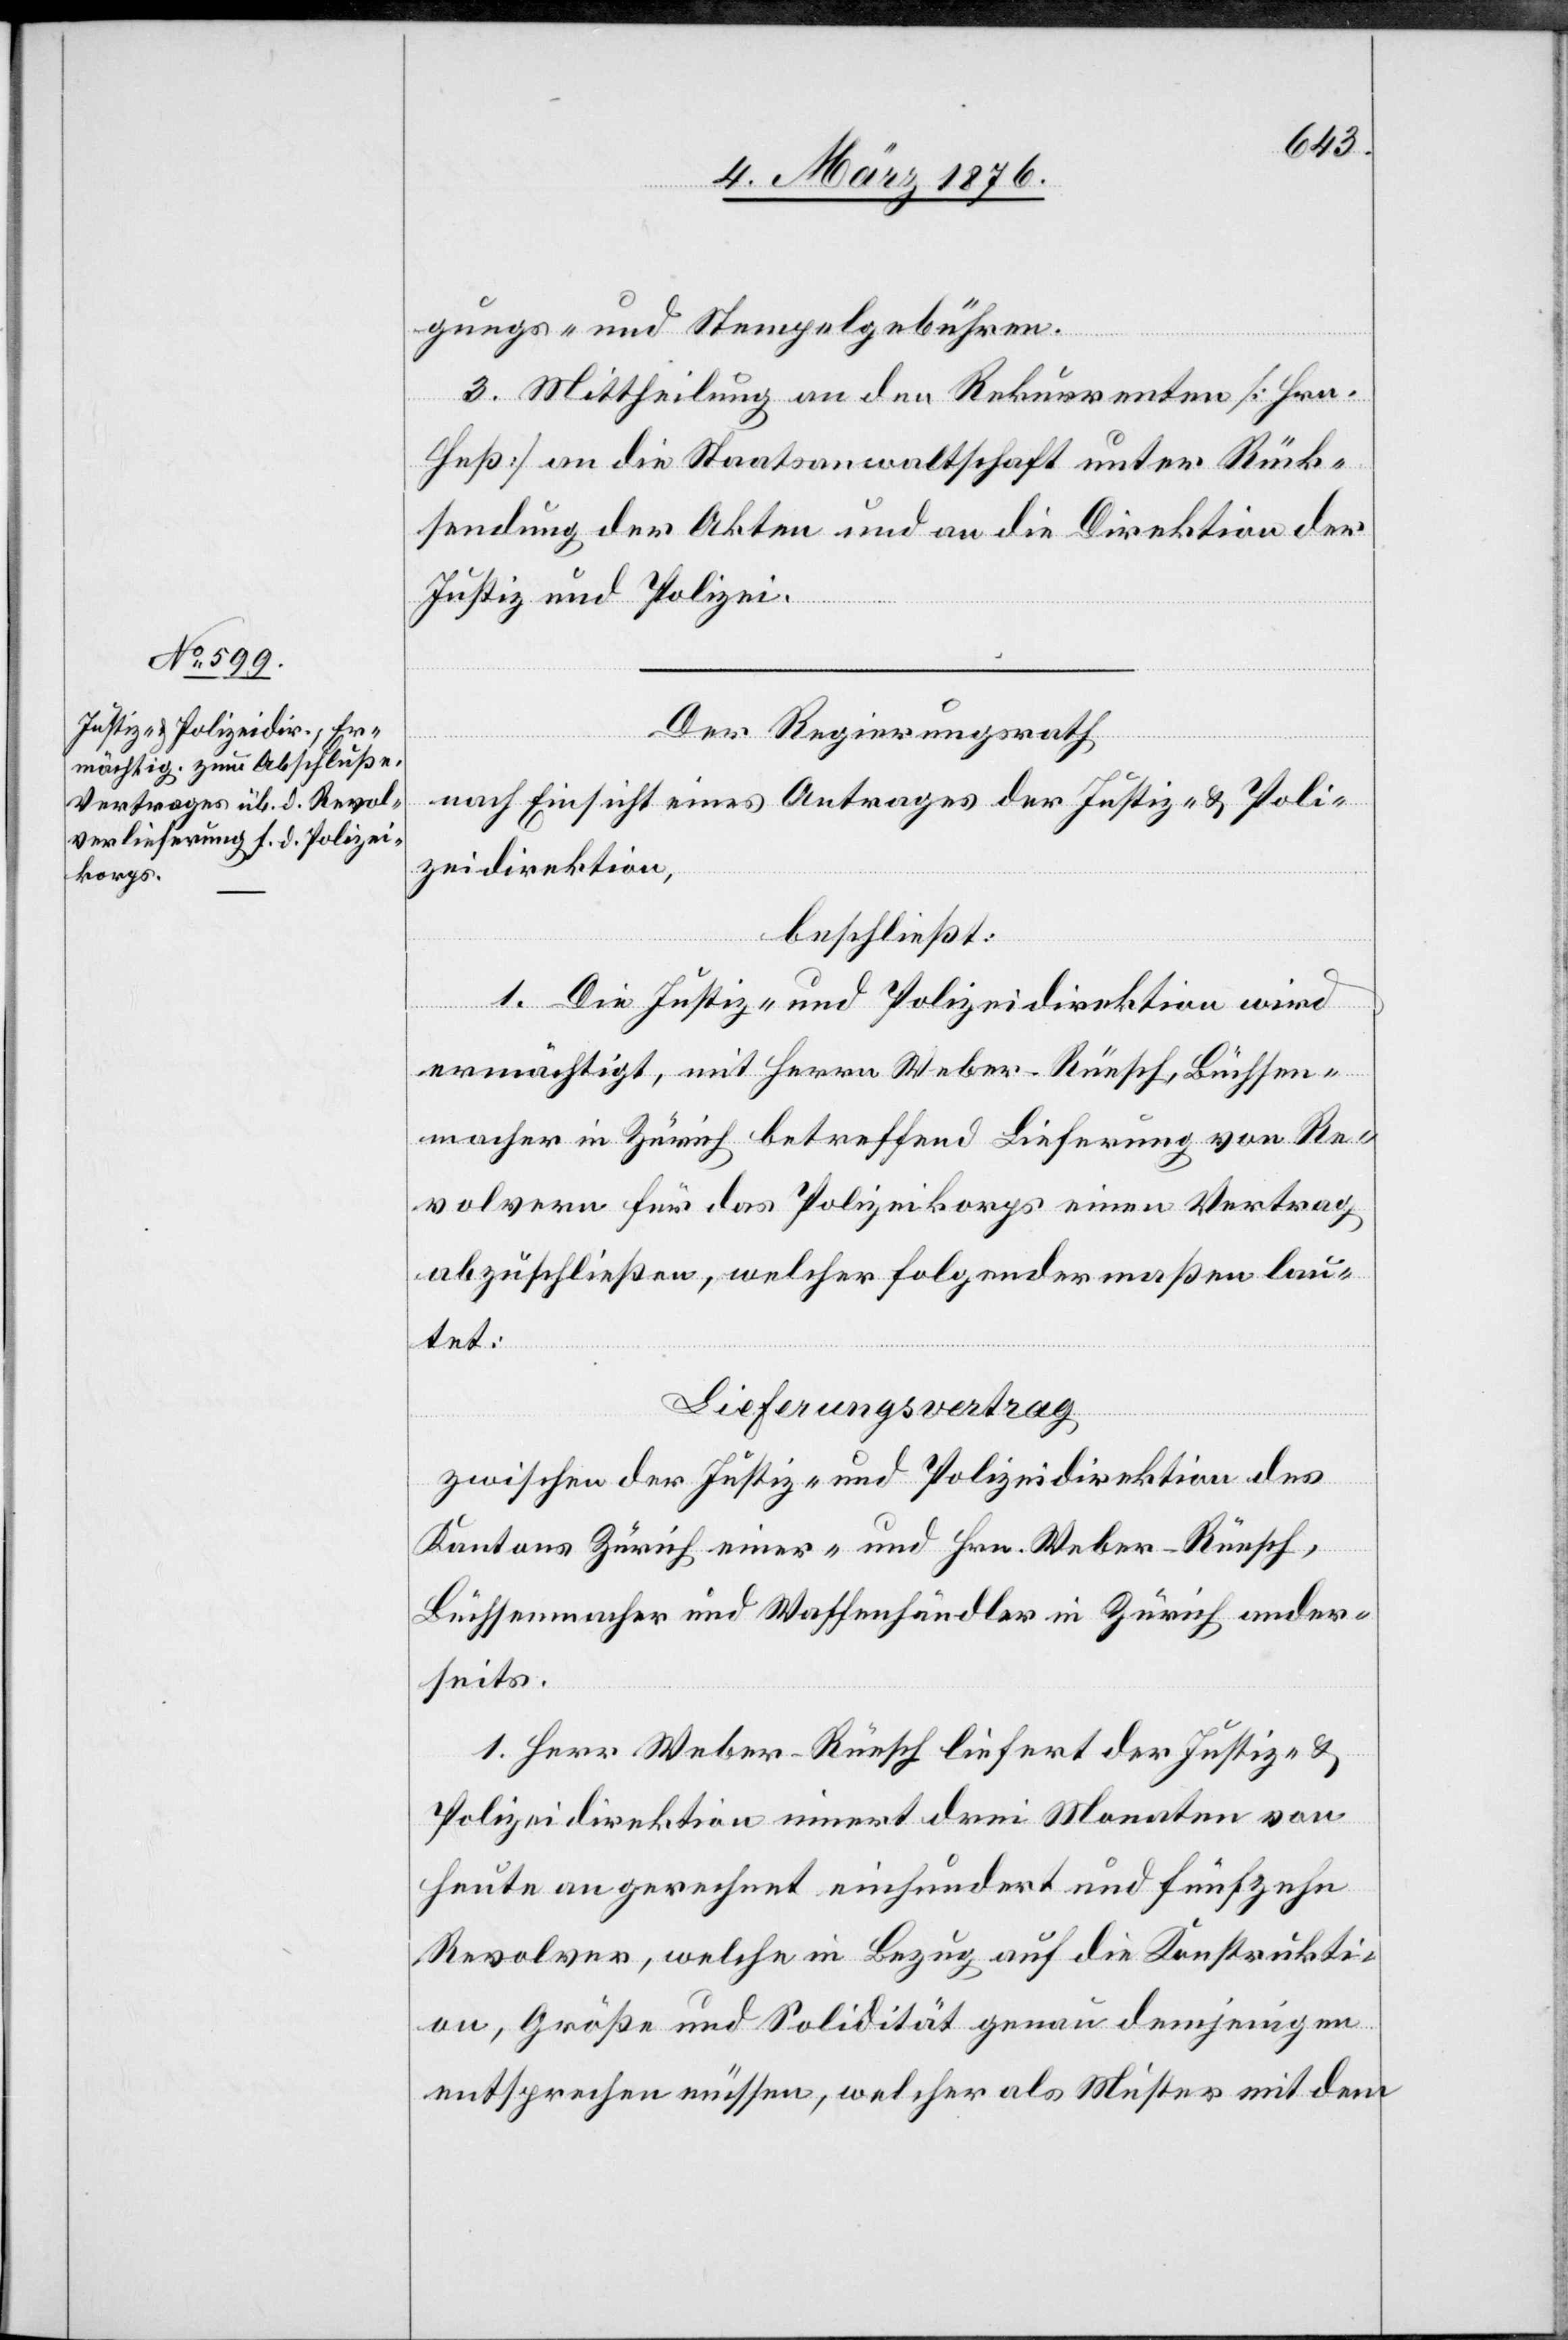
gungs- und Stempelgebühren.
3. Mittheilung an den Rekurrenten [Hrn.
Heß] an die Staatsanwaltschaft unter Rück¬
sendung der Akten und an die Direktion der
Justiz und Polizei.
Der Regierungsrath
nach Einsicht eines Antrages der Justiz- & Poli¬
zeidirektion,
beschließt:
1. Die Justiz- und Polizeidirektion wird
ermächtigt, mit Herrn Weber-Rüesch, Büchsen¬
macher in Zürich betreffend Lieferung von Re¬
volvern für das Polizeikorps einen Vertrag
abzuschließen, welcher folgendermaßen lau¬
tet:
Lieferungsvertrag
zwischen der Justiz- und Polizeidirektion des
Kantons Zürich einer- und Hrn. Weber-Rüesch,
Büchsenmacher und Waffenhändler in Zürich ander¬
seits.
1. Herr Weber-Rüesch liefert der Justiz- und
Polizeidirektion innert drei Monaten von
Heute an gerechnet einhundert und fünfzehn
Revolver, welche in Bezug auf die Konstrukti¬
on, Größe und Solidität genau demjenigen
entsprechen müssen, welcher als Muster mit dem